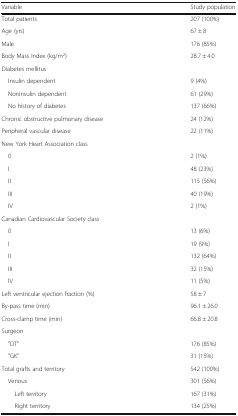
<table><thead><tr><td><b>Variable</b></td><td><b>Study population</b></td></tr></thead><tbody><tr><td>Total patients</td><td>207 (100%)</td></tr><tr><td>Age (yrs)</td><td>67 ± 8</td></tr><tr><td>Male</td><td>176 (85%)</td></tr><tr><td>Body Mass Index (kg/m<sup>2</sup>)</td><td>28.7 ± 4.0</td></tr><tr><td colspan="2">Diabetes mellitus</td></tr><tr><td> Insulin dependent</td><td>9 (4%)</td></tr><tr><td> Noninsulin dependent</td><td>61 (29%)</td></tr><tr><td> No history of diabetes</td><td>137 (66%)</td></tr><tr><td>Chronic obstructive pulmonary disease</td><td>24 (12%)</td></tr><tr><td>Peripheral vascular disease</td><td>22 (11%)</td></tr><tr><td colspan="2">New York Heart Association class</td></tr><tr><td> 0</td><td>2 (1%)</td></tr><tr><td> I</td><td>48 (23%)</td></tr><tr><td> II</td><td>115 (56%)</td></tr><tr><td> III</td><td>40 (19%)</td></tr><tr><td> IV</td><td>2 (1%)</td></tr><tr><td colspan="2">Canadian Cardiovascular Society class</td></tr><tr><td> 0</td><td>13 (6%)</td></tr><tr><td> I</td><td>19 (9%)</td></tr><tr><td> II</td><td>132 (64%)</td></tr><tr><td> III</td><td>32 (15%)</td></tr><tr><td> IV</td><td>11 (5%)</td></tr><tr><td>Left ventricular ejection fraction (%)</td><td>58 ± 7</td></tr><tr><td>By-pass time (min)</td><td>96.1 ± 26.0</td></tr><tr><td>Cross-clamp time (min)</td><td>66.8 ± 20.8</td></tr><tr><td colspan="2">Surgeon</td></tr><tr><td> ”DT”</td><td>176 (85%)</td></tr><tr><td> &quot;GK”</td><td>31 (15%)</td></tr><tr><td>Total grafts and territory</td><td>542 (100%)</td></tr><tr><td> Venous</td><td>301 (56%)</td></tr><tr><td>Left territory</td><td>167 (31%)</td></tr><tr><td>Right territory</td><td>134 (25%)</td></tr></tbody></table>